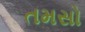
તમસો